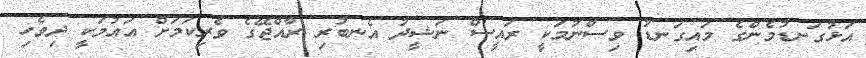
އަޅުގަނޑުމެންގެ މައިގަނޑު ވިސްނުމަކީ ރައީސް ނަޝީދު އެނބުރި ރާއްޖޭގެ ވެރިކަމަށް އައުމަކީ ދިވެހި